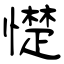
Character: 憷